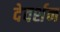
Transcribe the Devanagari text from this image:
देवर्शन